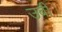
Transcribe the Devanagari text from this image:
उबी